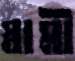
স্বামী